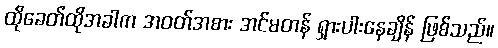
ထိုခေတ်ထိုအခါက အဝတ်အစား အင်မတန် ရှားပါးနေချိန် ဖြစ်သည်။